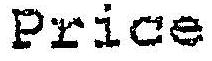
PRICE